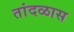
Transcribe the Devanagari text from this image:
तांदळास